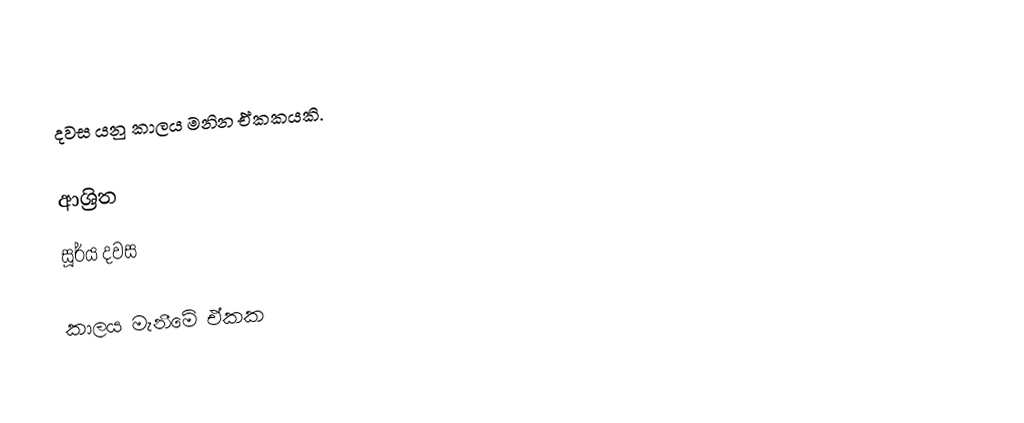
දවස යනු කාලය මනින ඒකකයකි.

ආශ්‍රිත
 සූර්ය දවස

කාලය මැනීමේ ඒකක